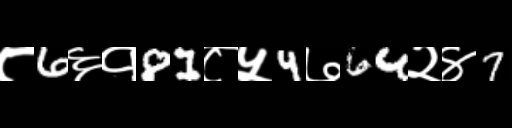
Text: ८6६१81८५4७64२४7